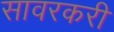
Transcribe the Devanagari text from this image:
सावरकरी